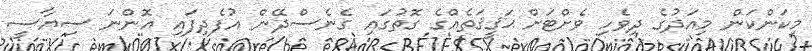
މިކަންކަން މިއަދުގެ ދިވެހި ވެށްޓަށް ޙަޤީޤަތެއްގެ ގޮތުގައި ގެނެސްދޭން އުފެދިފައި އޮންނަ ސިޔާސީ